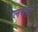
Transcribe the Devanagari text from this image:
लयही